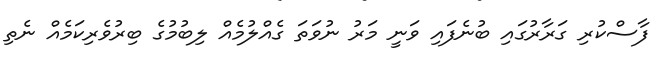
ފާސްކުރި ގަރާރުގައި ބުނެފައި ވަނީ މަރު ނުވަތަ ގެއްލުމެއް ލިބުމުގެ ބިރުވެރިކަމެއް ނެތި